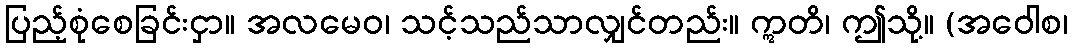
ပြည့်စုံစေခြင်းငှာ။ အလမေဝ၊ သင့်သည်သာလျှင်တည်း။ ဣတိ၊ ဤသို့။ (အဝေါစ၊